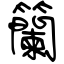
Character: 籣